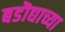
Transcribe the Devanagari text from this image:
बडॊद्याच्या